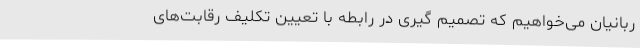
ربانیان می‌خواهیم که تصمیم گیری در رابطه با تعیین تکلیف رقابت‌های